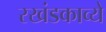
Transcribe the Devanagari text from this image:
रखंडकाव्ये